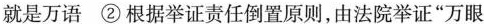
就是万语②根据举证责任倒置原则，由法院举证”万眼